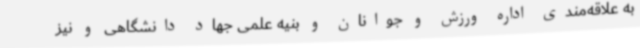
به علاقه‌مندی اداره ورزش و جوانان و بنیه علمی جهاد دانشگاهی و نیز